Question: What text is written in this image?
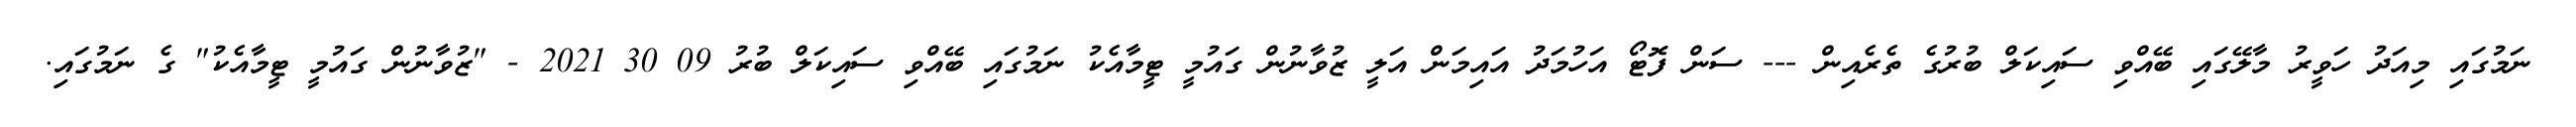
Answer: ނަމުގައި މިއަދު ހަވީރު މާލޭގައި ބޭއްވި ސައިކަލް ބުރުގެ ތެރެއިން --- ސަން ފޮޓޯ އަހުމަދު އައިމަން އަލީ ޒުވާނުން ގައުމީ ޓީމާއެކު ނަމުގައި ބޭއްވި ސައިކަލް ބުރު 09 30 2021 - "ޒުވާނުން ގައުމީ ޓީމާއެކު" ގެ ނަމުގައި.